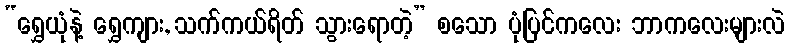
“ရွှေယုံနဲ့ ရွှေကျား, သက်ကယ်ရိတ် သွားရောတဲ့” စသော ပုံပြင်ကလေး ဘာကလေးများလဲ